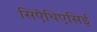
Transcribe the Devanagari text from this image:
सिऐथिएसिई